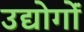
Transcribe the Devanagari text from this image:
उद्योगोंं